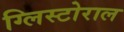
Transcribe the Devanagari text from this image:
ग्लिस्टोराल